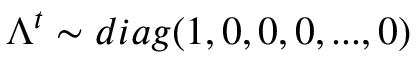
\boldsymbol { \Lambda } ^ { t } \sim d i a g ( 1 , 0 , 0 , 0 , . . . , 0 )